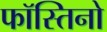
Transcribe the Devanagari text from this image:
फॉस्तिनो